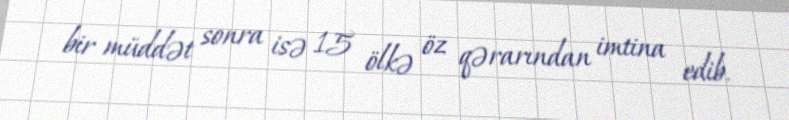
bir müddət sonra isə 15 ölkə öz qərarından imtina edib.